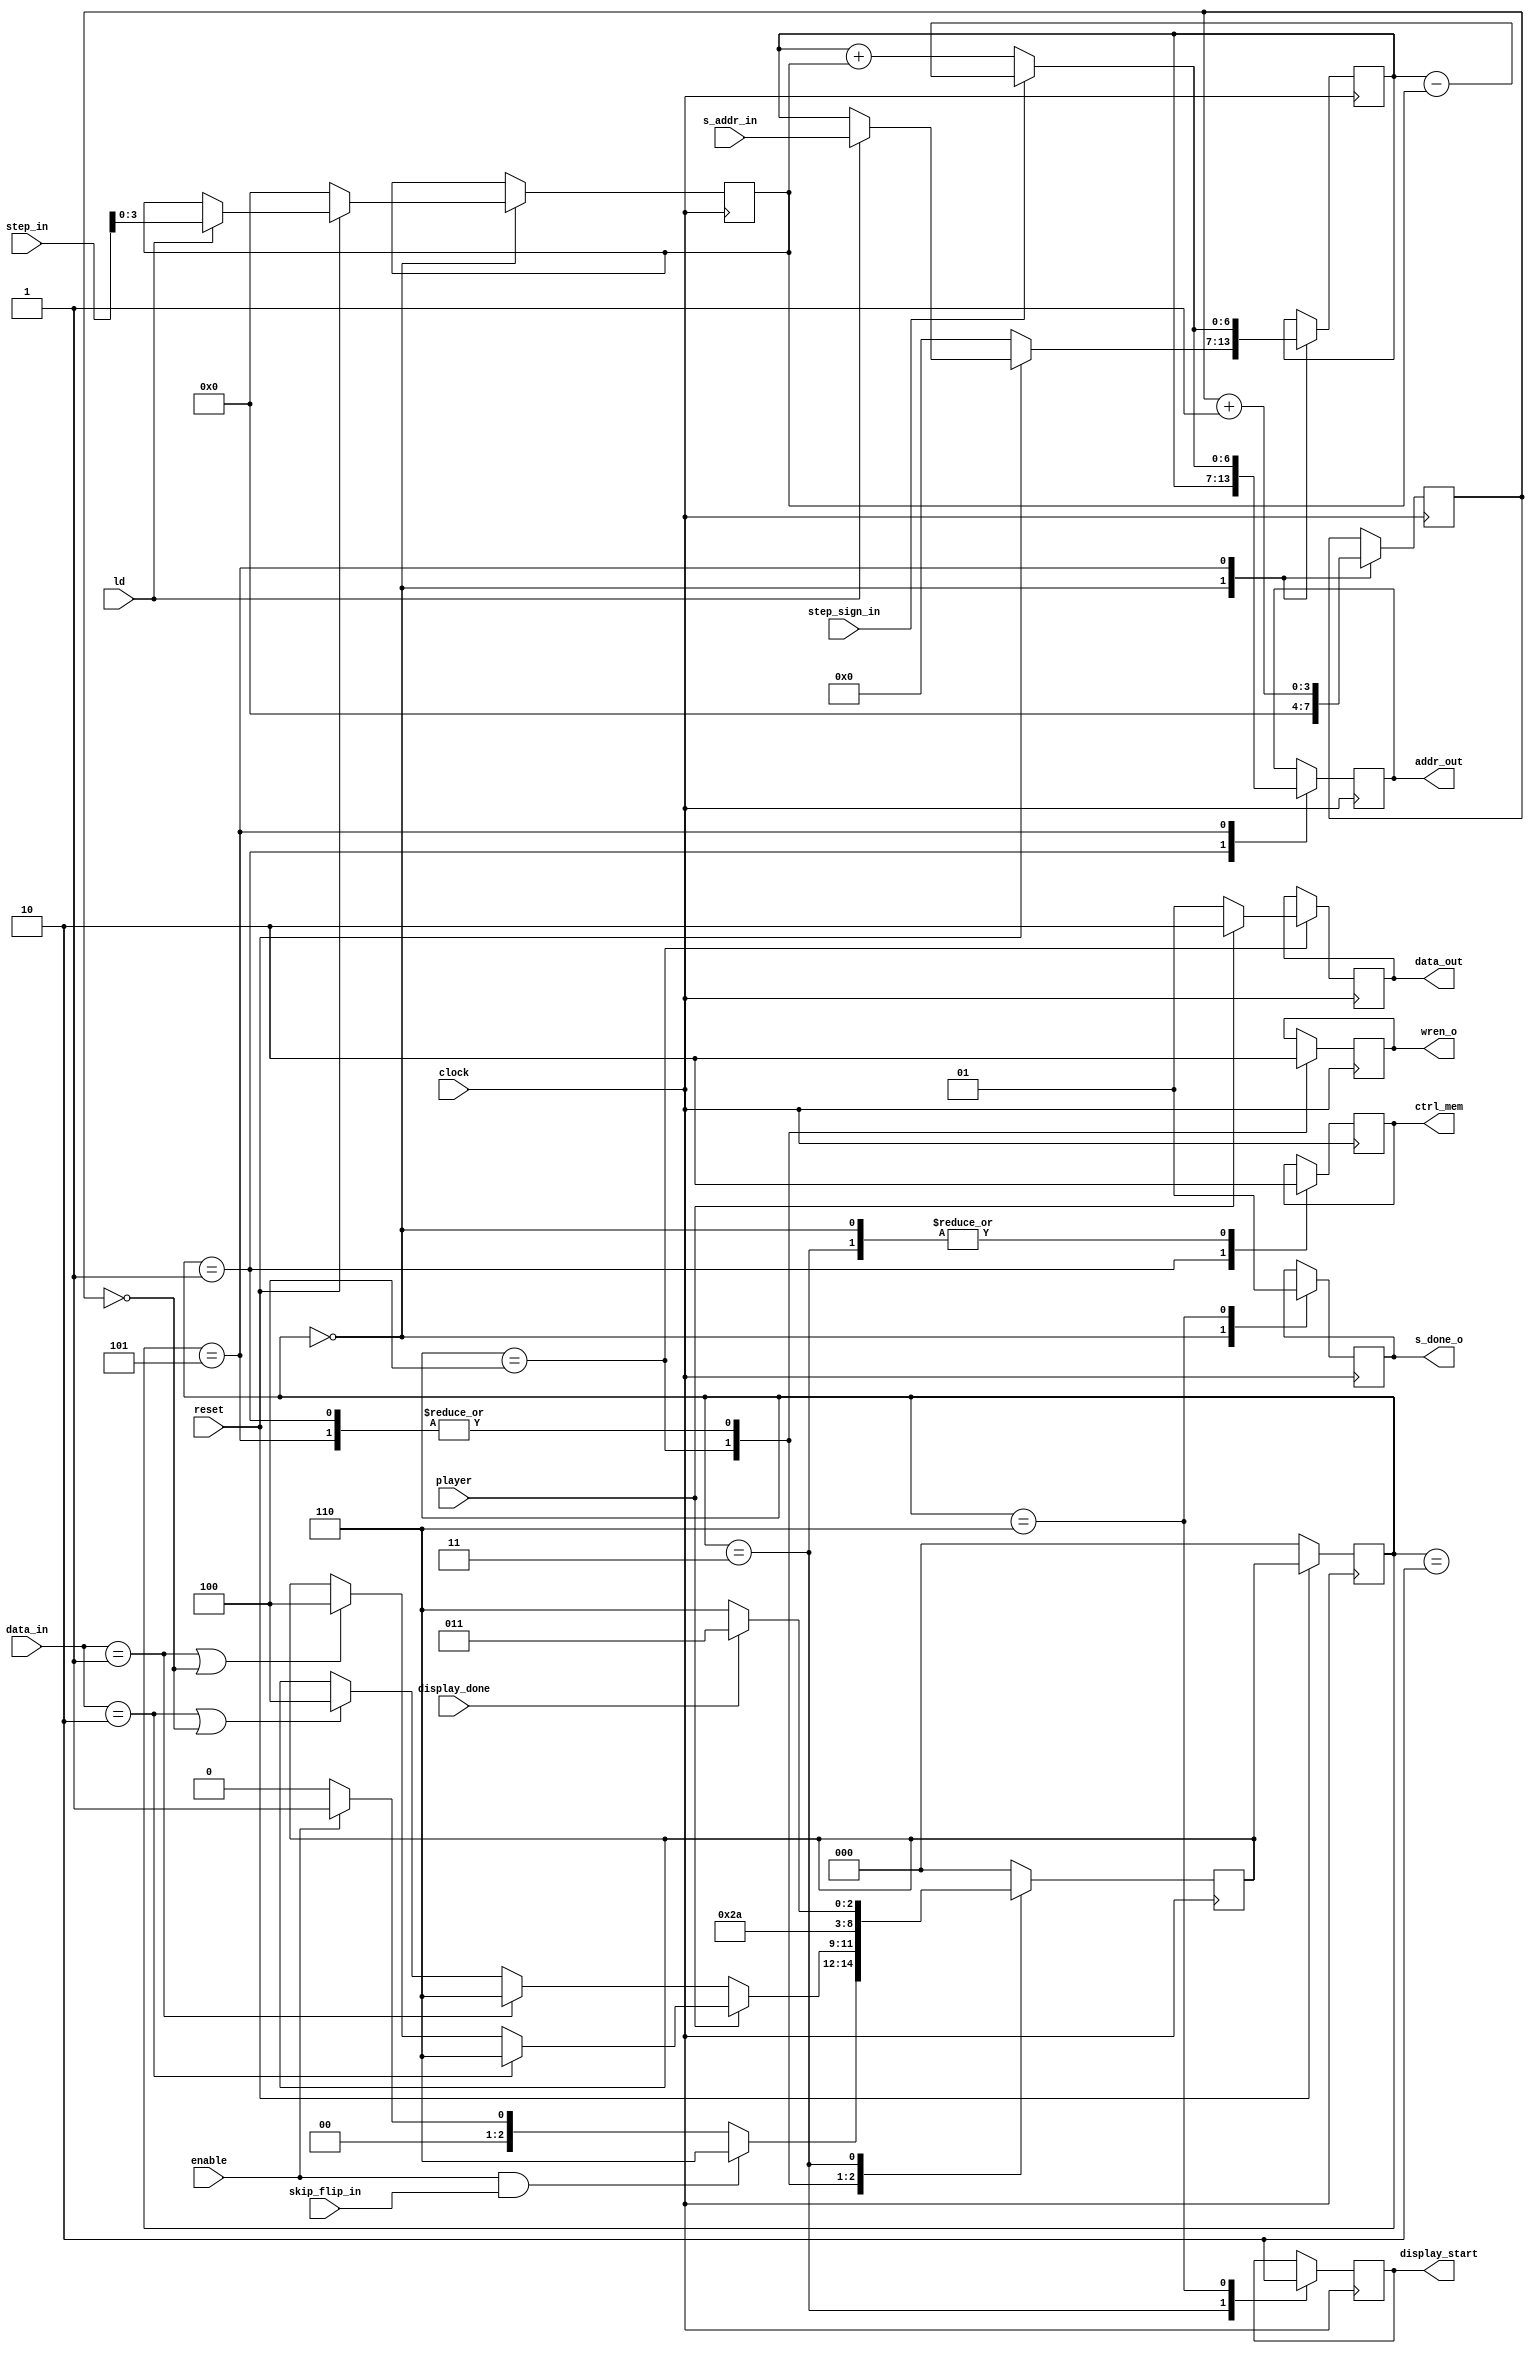
module flipper(
    input clock,                    // <- clock (main_controller)
    input reset,                    // <- reset
    input [6:0] s_addr_in,          
    input player,                   // <- player (main_controller)
    input [4:0] step_in,            // <- step_o (nm_controller)
    input ld,                       // <- ld_o (nm_controller)
    input enable,                   // <- start_flip (nm_controller)
    input step_sign_in,
    input skip_flip_in,
    input display_done,
    output reg display_start,
    output reg s_done_o,            // -> s_done (nm_controller)
    output reg [6:0] addr_out,
    output reg wren_o,
    output reg ctrl_mem,
    output reg [1:0] data_out,
    input [1:0] data_in
);

reg [6:0] addr;
reg [3:0] step;
reg [1:0] data;
reg [3:0] count;

// flipper states
reg [2:0] current_state, next_state;

localparam  S_WAIT_EN           = 3'b0,
            S_FLIPPING_S        = 3'b01,
            S_FLIPPING_READ     = 3'b10,
            S_FLIPPING_WRITE    = 3'b100,
            S_FLIPPING_WAIT     = 3'b101,
            S_FLIP_DISPLAY      = 3'b11,
            S_FLIP_OVER         = 3'b110;

always @(posedge clock)
begin: do_stuff
    case (current_state)
        S_WAIT_EN: begin
            if (!reset) begin
                addr <= 7'b0;
                step <= 4'b0;
                data <= 2'b0;
            end
            else begin
                if (ld) begin
                    addr <= s_addr_in;
                    step <= step_in;
                    data <= player ? 2'b10 : 2'b01;
                end
            end
            next_state = enable ? S_FLIPPING_S : S_WAIT_EN;
            if (enable && skip_flip_in)
                next_state = S_FLIP_OVER;
            count <= 4'b0;
            s_done_o = 0;
            ctrl_mem = 0;
        end
        S_FLIPPING_S: begin
            ctrl_mem = 1;
            next_state = S_FLIPPING_READ;
            addr_out = addr;
            wren_o = 0;
        end
        S_FLIPPING_READ: begin
            data = data_in;
            if (player == 1'b0) begin
                // black move, detect white ones
                if (data == 2'b10 || count == 4'b0)
                    next_state = S_FLIPPING_WRITE;
                if (data == 2'b01)
                    next_state = S_FLIP_OVER;
            end
            else begin
                // white move, detect black ones
                if (data == 2'b01 || count == 4'b0)
                    next_state = S_FLIPPING_WRITE;
                if (data == 2'b10) 
                    next_state = S_FLIP_OVER;
            end
        end
        S_FLIPPING_WRITE: begin
            data_out = player ? 2'b10 : 2'b01;
            wren_o = 1;
            next_state = S_FLIPPING_WAIT;
        end
        S_FLIPPING_WAIT: begin
            if (step_sign_in) begin
                addr <= addr - step;
                addr_out = addr - step;
            end else begin
                addr <= addr + step;
                addr_out = addr + step;                
            end
            count <= count + 1'b1;
            wren_o = 0;
            next_state = S_FLIPPING_READ;
        end
        S_FLIP_DISPLAY: begin
            ctrl_mem = 0;
            display_start = 1;
            next_state = display_done ? S_FLIP_DISPLAY : S_FLIP_OVER;
        end
        S_FLIP_OVER: begin
            display_start = 0;
            s_done_o = 1;
            next_state = S_WAIT_EN;
        end
        default: next_state = S_WAIT_EN;
    endcase
end // do_stuff

always @(posedge clock)
begin: state_FFs
    if(!reset)
        current_state <= S_WAIT_EN;
    else
        current_state <= next_state;
end // state_FFS

endmodule // flipper